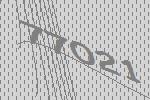
77021